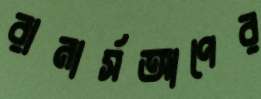
রানার্সআপের